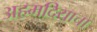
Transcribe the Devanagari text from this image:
अहमदियाचा